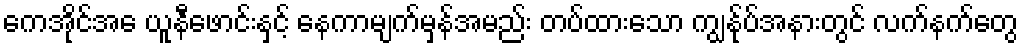
ကေအိုင်အေ ယူနီဖောင်းနှင့် နေကာမျက်မှန်အမည်း တပ်ထားသော ကျွန်ုပ်အနားတွင် လက်နက်တွေ